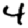
Digit: 4